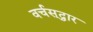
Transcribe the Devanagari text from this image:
वर्चस्‌द्वार